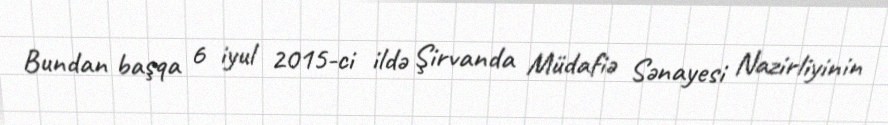
Bundan başqa 6 iyul 2015-ci ildə Şirvanda Müdafiə Sənayesi Nazirliyinin